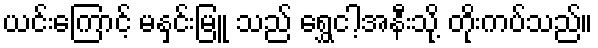
ယင်းကြောင့် မနှင်းမြူ သည် ရွှေငါ့အနီးသို့ တိုးကပ်သည်။